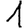
Digit: 1